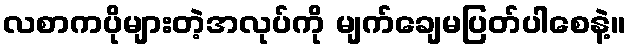
လစာကပိုများတဲ့အလုပ်ကို မျက်ချေမပြတ်ပါစေနဲ့။